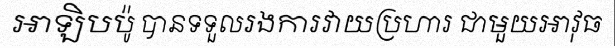
អាឡិបប៉ូ បានទទួលរងការវាយប្រហារ ជាមួយអាវុធ